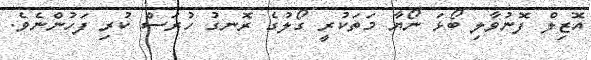
އޮޒިލް ފޮނުވާލި ބޯޅަ ނޯޔާ މަތަކުރީ ގޯލުގެ ރޮނގު ހުރަސް ކުރި ފަހުންނެވެ.